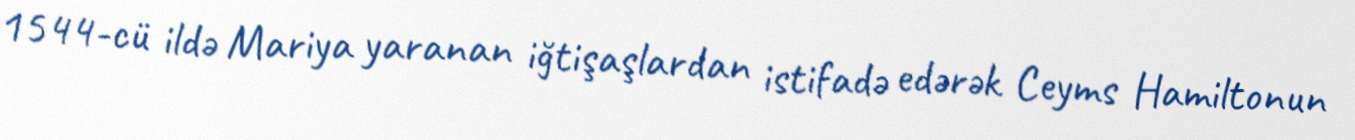
1544-cü ildə Mariya yaranan iğtişaşlardan istifadə edərək Ceyms Hamiltonun